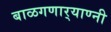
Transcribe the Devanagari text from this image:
बाळगणार्‍याण्नी